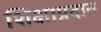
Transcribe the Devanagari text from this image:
शिक्षाप्रदान